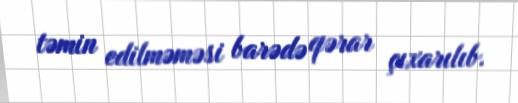
təmin edilməməsi barədə qərar çıxarılıb.